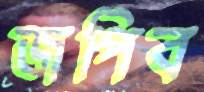
জপিব